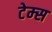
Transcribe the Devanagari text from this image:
टेम्‍स